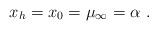
LaTeX: \begin{align*}x_h = x_0 = \mu_\infty = \alpha \ . \end{align*}